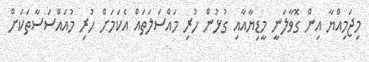
މިޖަމިއްޔާ އިން ގޮވާލަނީ މީޑިޔާއާއި ގުޅުން ހުރި މައްސަލަތައް އެކަމަށް ހުރި މުއައްސަސާތަކަށް